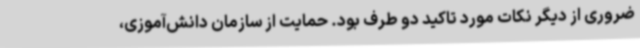
ضروری از دیگر نکات مورد تاکید دو طرف بود. حمایت از سازمان دانش‌آموزی،